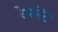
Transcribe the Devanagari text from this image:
रेमनेंट